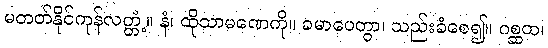
မတတ်နိုင်ကုန်လတ္တံ့။ နံ၊ ထိုသာမဏေကို။ ခမာပေတွာ၊ သည်းခံစေ၍။ ဂစ္ဆထ၊